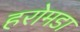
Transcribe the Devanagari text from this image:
हरोमडा